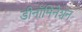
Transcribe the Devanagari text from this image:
डीनॉमिनेशन